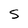
Character: S